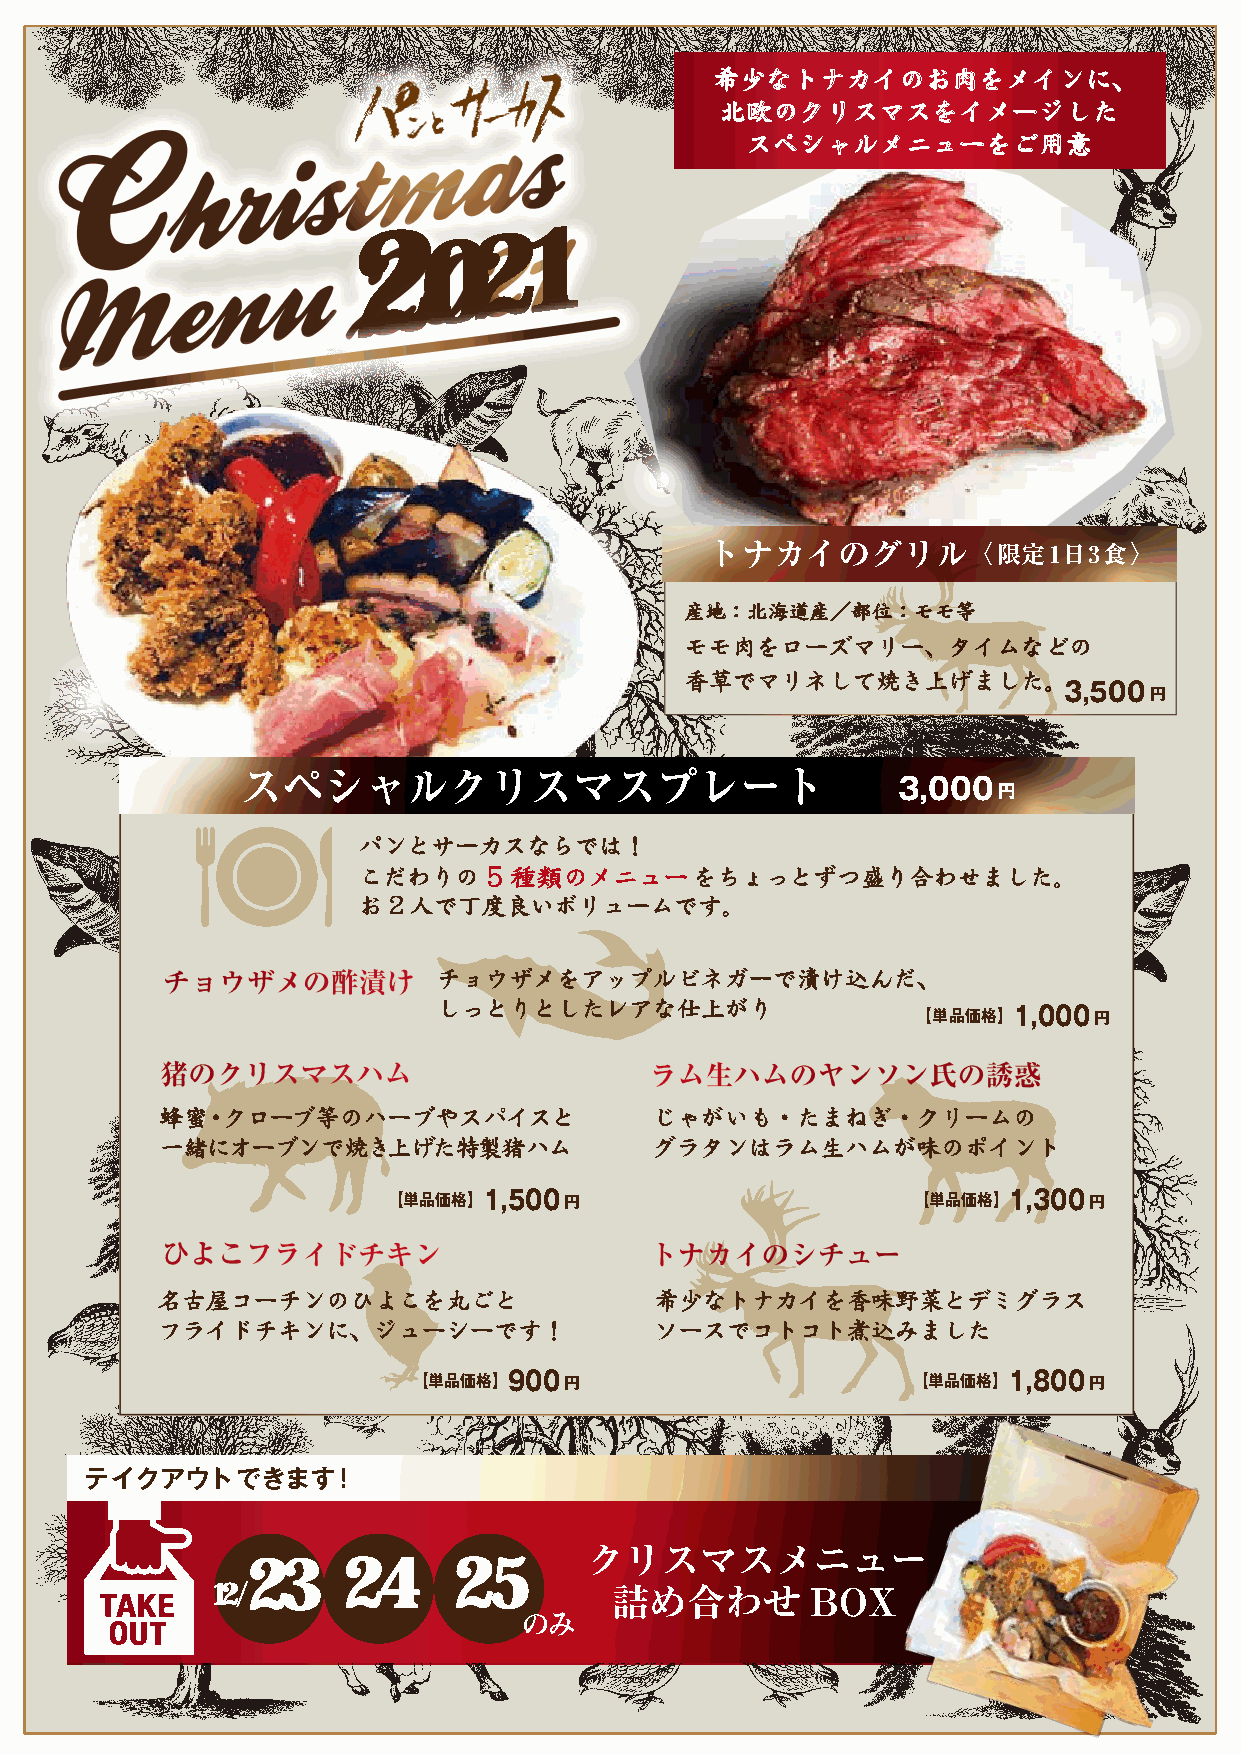
希少なトナカイのお肉をメインに、
 北欧のクリスマスをイメージした
 スペシャルメニューをご用意
 2       21
 0
 トナカイのグリル〈限定1日3食〉
 産地：北海道産／部位：モモ等
 モモ肉をローズマリー、タイムなどの
 香草でマリネして焼き上げました。
 3,500円
 スペシャルクリスマスプレート
 3,000円
 パンとサーカスならでは！
 こだわりの   5 種類のメニューをちょっとずつ盛り合わせました。
 お2人で丁度良いボリュームです。
 チョウザメをアップルビネガーで漬け込んだ、
 しっとりとしたレアな仕上がり
 【単品価格】 1,000円
 蜂蜜・クローブ等のハーブやスパイスと              じゃがいも・たまねぎ・クリームの
 一緒にオーブンで焼き上げた特製猪ハム              グラタンはラム生ハムが味のポイント
 【単品価格】 1,500円                     【単品価格】 1,300円
 名古屋コーチンのひよこを丸ごと                  希少なトナカイを香味野菜とデミグラス
 フライドチキンに、ジューシーです！                ソースでコトコト煮込みました
 【単品価格】 900円                      【単品価格】 1,800円
 テイクアウトできます！
 クリスマスメニュー
 23     24     25
 12/                        詰め合わせ        BOX
 のみ